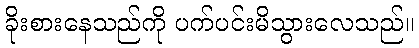
ခိုးစားနေသည်ကို ပက်ပင်းမိသွားလေသည်။